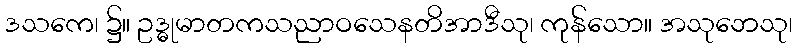
ဒသကေ၊ ၌။ ဥဒ္ဓုမာတကသညာဝသေနတိအာဒီသု၊ ကုန်သော။ အသုဘေသု၊